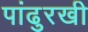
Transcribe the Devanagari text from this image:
पांढुरखी